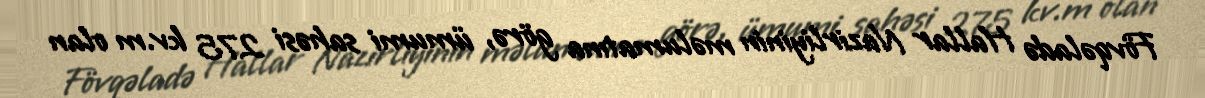
Fövqəladə Hallar Nazirliyinin məlumatına görə, ümumi sahəsi 275 kv.m olan